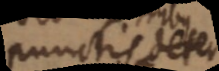
punctis deter